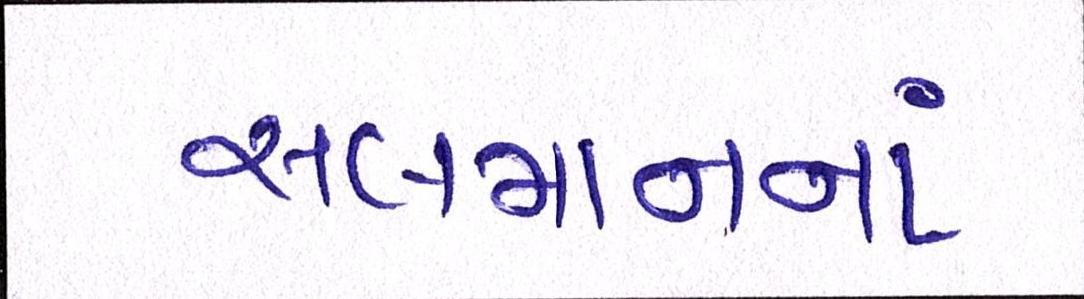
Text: સલમાનનાં